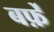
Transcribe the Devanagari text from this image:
बर्फ़ें